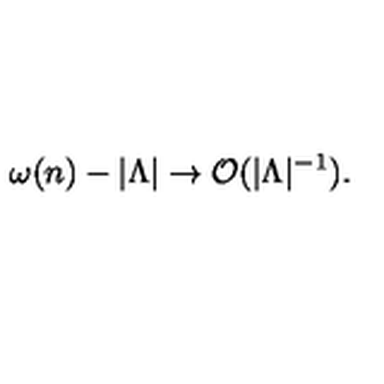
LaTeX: \omega ( n ) - | \Lambda | \to { \cal O } ( | \Lambda | ^ { - 1 } ) .